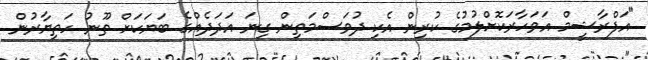
"އަފްރާޝީމް އަވަހާރަކޮށްލުމުގެ ކުރިން އެކި ދުވަސްމަތިން ގިނަ އަދަދެއްގެ ބަޔަކަށް ތޫނު ހަތިޔާރުން